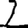
Digit: 2